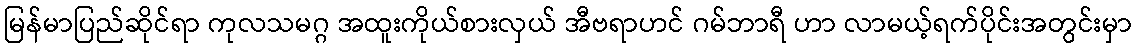
မြန်မာပြည်ဆိုင်ရာ ကုလသမဂ္ဂ အထူးကိုယ်စားလှယ် အီဗရာဟင် ဂမ်ဘာရီ ဟာ လာမယ့်ရက်ပိုင်းအတွင်းမှာ